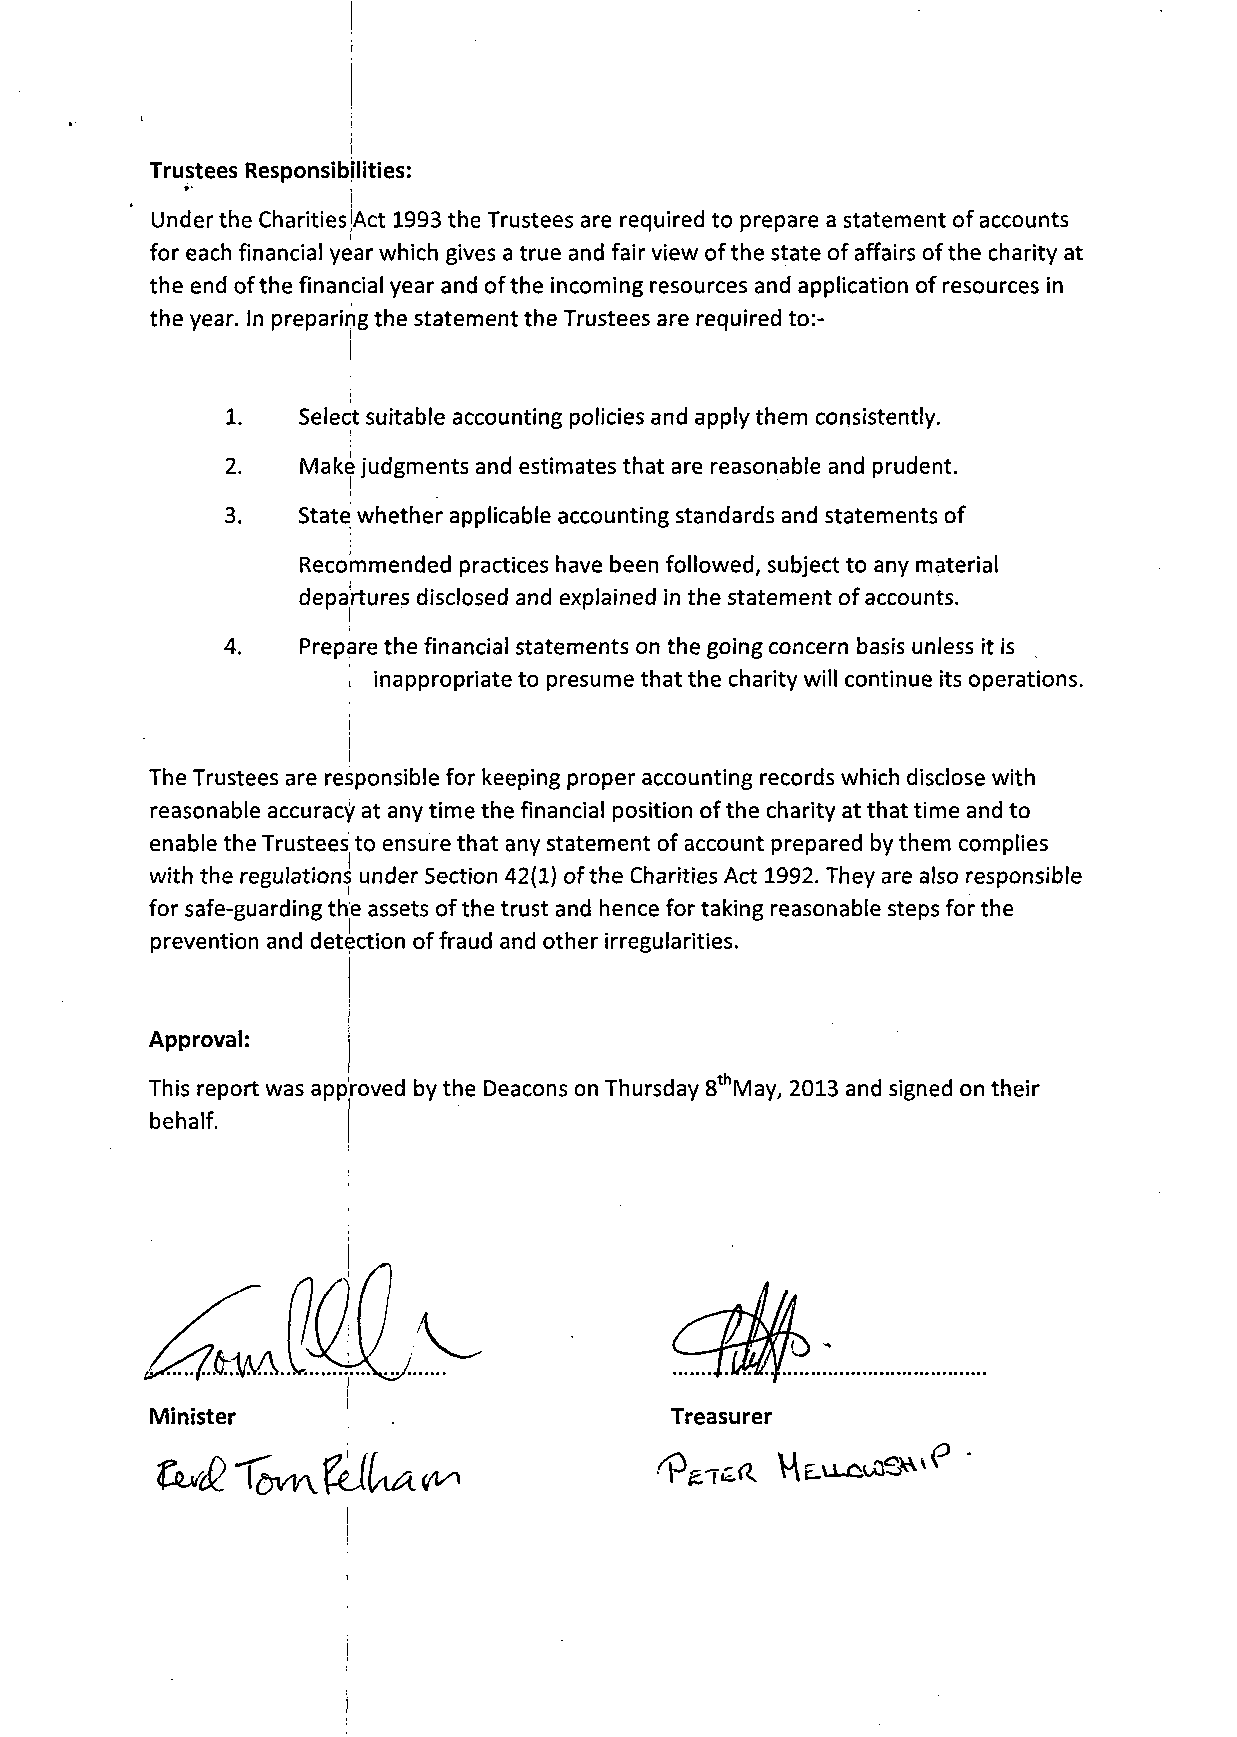
Trustees Responsibilities:
 !
 Under the CharitiesjAct 1993 the Trustees are required to prepare a statement of accounts
 for each financial year which gives a true and fair view of the state of affairs of the charity at
 the end of the financial year and of the incoming resources and application of resources in
 the year. In preparing the statement the Trustees are required to:-
 i
 1.   Select suitable accounting policies and apply them consistently.
 2.   Make judgments and estimates that are reasonable and prudent.
 3.   State whether applicable accounting standards and statements of
 Recommended practices have been followed, subject to any material
 departures disclosed and explained in the statement of accounts.
 4.   Prepare the financial statements on the going concern basis unless it is
 , inappropriate to presume that the charity will continue its operations.
 i
 i
 i
 The Trustees are responsible for keeping proper accounting records which disclose with
 reasonable accuracy at any time the financial position of the charity at that time and to
 enable the Trustees to ensure that any statement of account prepared by them complies
 with the regulations under Section 42(1) of the Charities Act 1992. They are also responsible
 for safe-guarding the assets of the trust and hence for taking reasonable steps for the
 prevention and detection of fraud and other irregularities.
 Approval:
 This report was approved by the Deacons on Thursday 8thMay, 2013 and signed on their
 behalf.
 Minister                          Treasurer
 j